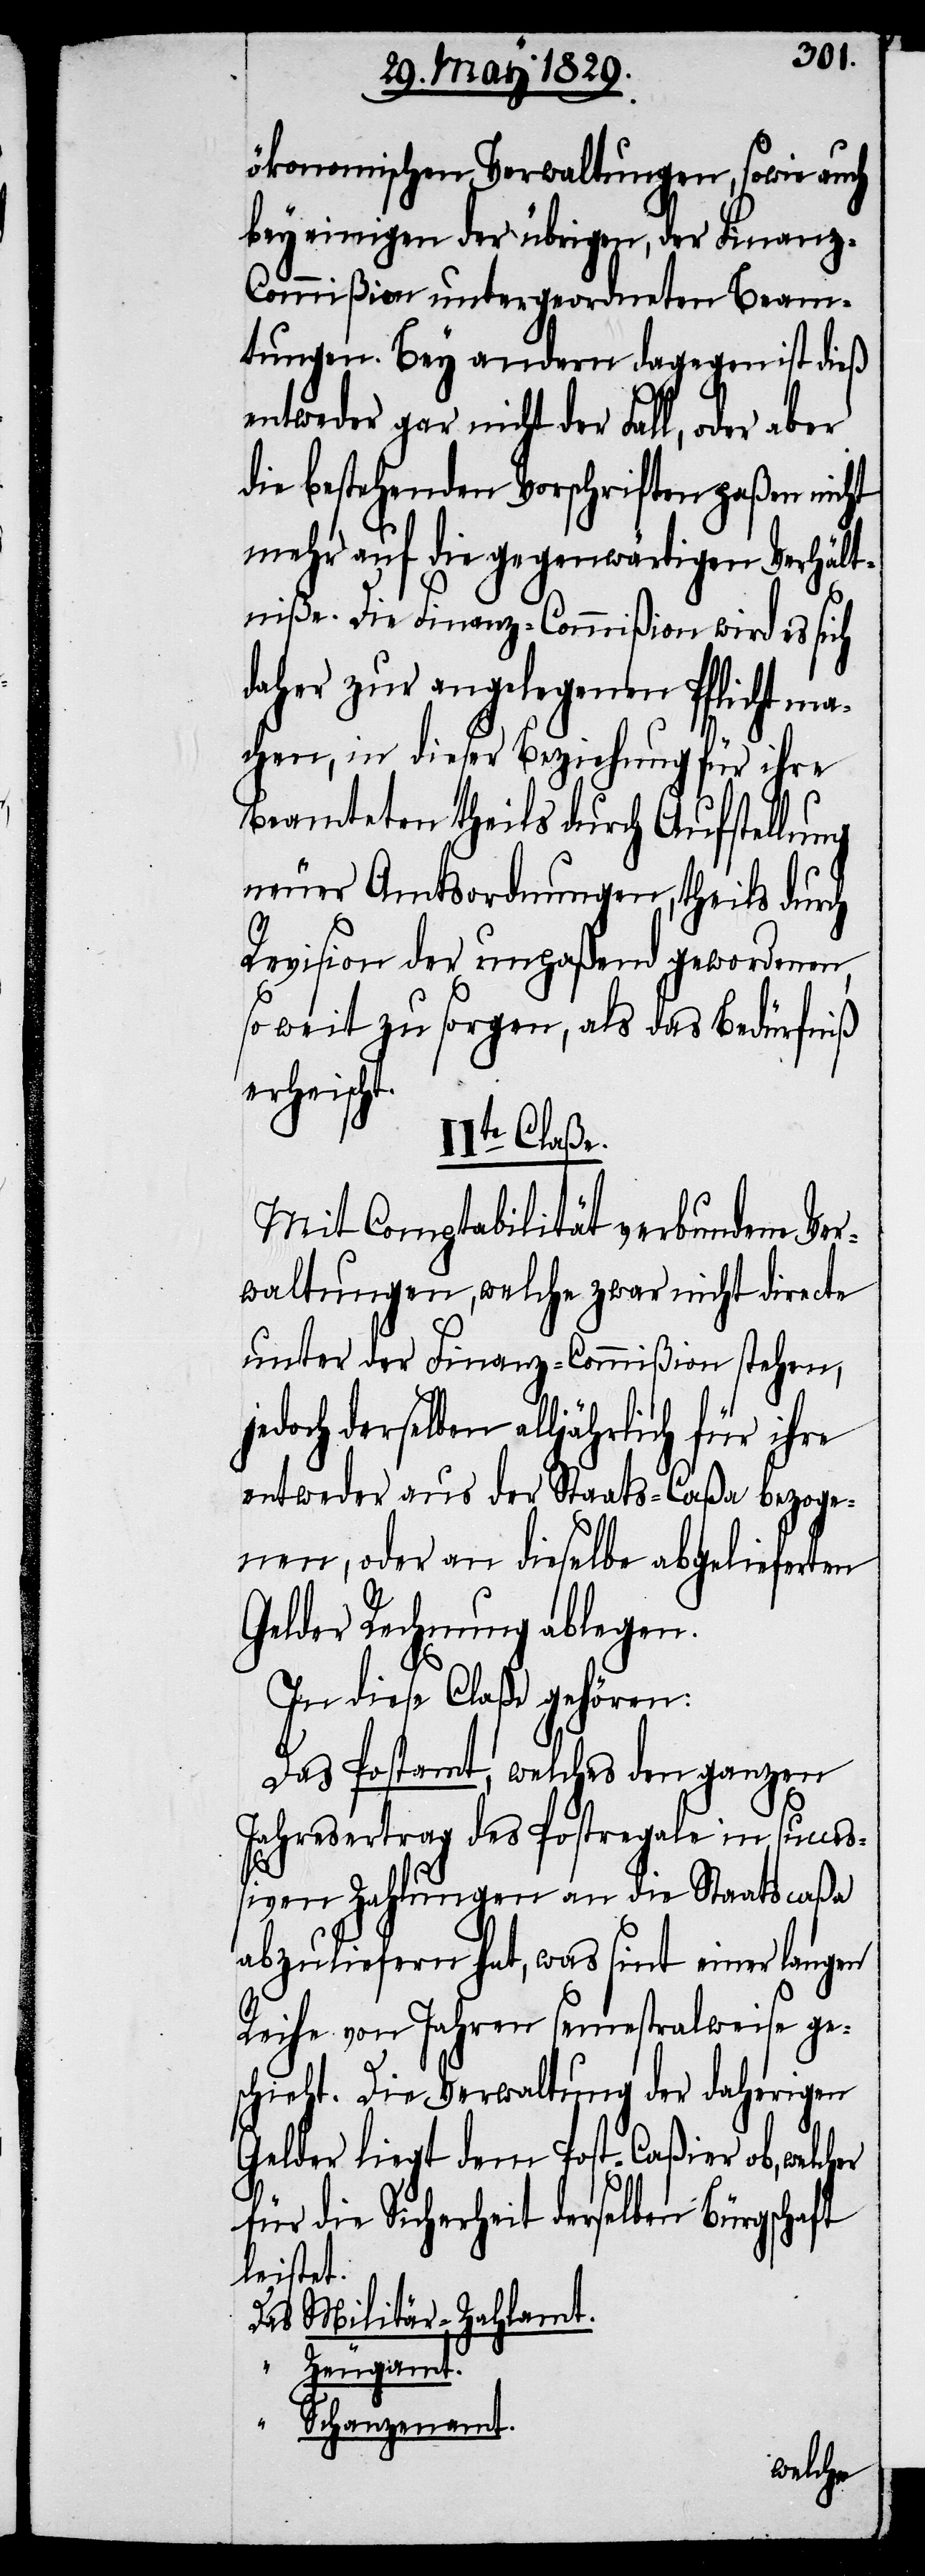
ökonomischen Verwaltungen, sowie auch
bey einigen der übrigen, der Finan¬
z-Commißion untergeordneten Beam¬
tungen. Bey andern dagegen ist dieß
entweder gar nicht der Fall, oder aber
die bestehenden Vorschriften paßen nicht
mehr auf die gegenwärtigen Verhält¬
niße. Die Finanz-Commißon wird es sich
daher zur angelegenen Pflicht ma¬
chen, in dieser Beziehung für ihre
Beamteten theils durch Aufstellung
neuer Amtsordnungen, theils durch
Revision der unpaßend gewordenen,
so weit zu sorgen, als das Bedürfniß
erheischt.
IIte Claße.
Mit Comptabilität verbundene Ver¬
waltungen, welche zwar nicht directe
unter der Finanz-Commißion stehen,
jedoch derselben alljährlich für ihre
entweder aus der Staats-Caßa bezoge¬
nen, oder an dieselbe abgelieferten
Gelder Rechnung ablegen.
In diese Claße gehören:
Das Postamt, welches den ganzen
Jahresertrag des Postregale in succe¬
ßiven Zahlungen an die Staatscaßa
abzuliefern hat, was sint einer langen
Reihe von Jahren semestralweise ge¬
schieht. Die Verwaltung der daherigen
Gelder liegt dem Post-Caßier ob,
für die Sicherheit derselben Bürgschaft
leistet.
Das Militär-Zahlamt.
“
Zeugamt.
“
Schanzenamt.
welcher